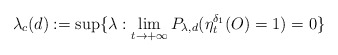
\begin{align*}\lambda_c(d):=\sup\{\lambda:\lim_{t\rightarrow+\infty}P_{\lambda,d}(\eta_t^{\delta_1}(O)=1)=0\}\end{align*}